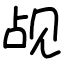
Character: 觇